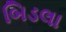
બિડલા